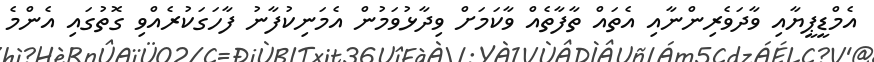
އެމްޑީޕީޔާއި ވާދަވެރިންނާއި އެތައް ތާފާތެއް ވާކަމަށް ވިދާޅުވަމުން އެމަނިކުފާނު ފާހަގަކުރެއްވި ގޮތުގައި އެންމެ